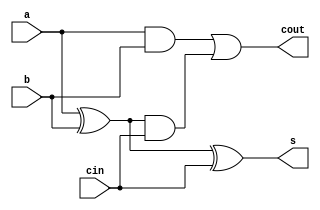
module adder(s,cout,a,b,cin);
    output s,cout;
    input a,b,cin;
    wire d,e,f;
    xor a1(d,a,b);
    xor a2(s,d,cin);
    and a3(e,a,b);
    and a4(f,d,cin);
    or a5(cout, e,f);
   // not n1(c,d);
endmodule


module testbench;
    reg a0,a1,a2,a3,b0,b1,b2,b3;
    wire cc,c0,c1,c2,c3,s0,s1,s2,s3;
    //cc=1'b0;
    adder ader1(s0,c0,a0,b0,1'b0);
    adder ader2(s1,c1,a1,b1,c0);
    adder ader3(s2,c2,a2,b2,c1);
    adder ader4(s3,c3,a3,b3,c2);
    initial
        begin
            $monitor(,$time," a=%b%b%b%b , b=%b%b%b%b, sum=%b%b%b%b%b" ,a3,a2,a1,a0,b3,b2,b1,b0,c3,s3,s2,s1,s0);
            #0 a3=1'b1; a2=1'b0; a1=1'b0; a0=1'b0;b3=1'b0;b2=1'b1;b1=1'b0;b0=1'b0;
            #10 a3=1'b0; a2=1'b1; a1=1'b1; a0=1'b1;b3=1'b0;b2=1'b1;b1=1'b1;b0=1'b0;
            // #30 a=1'b1; b=1'b0; c=1'b0;
            // #40 a=1'b0; b=1'b1; c=1'b1;
            // #50 a=1'b0; b=1'b1; c=1'b0;
            // #60 a=1'b0; b=1'b0; c=1'b1;
            // #70 a=1'b0; b=1'b0; c=1'b0;
          
             $finish;
        end
endmodule